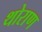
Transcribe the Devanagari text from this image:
थोराण